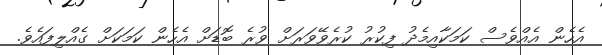
އެހެން އެއްވެސް ކަމަކާއިމެދު ފިކުރު ކުރެވޭވަރަށް ވުރެ ބޮޑަށް އެހެން ކަމަކަށް ގެއްލިފައެވެ.